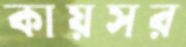
কায়সর